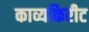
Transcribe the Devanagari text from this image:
काव्यकिरीट